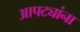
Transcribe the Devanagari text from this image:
आपट्यांना